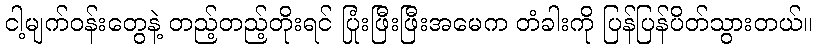
ငါ့မျက်ဝန်းတွေနဲ့ တည့်တည့်တိုးရင် ပြုံးဖြီးဖြီးအမေက တံခါးကို ပြန်ပြန်ပိတ်သွားတယ်။